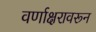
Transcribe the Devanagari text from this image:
वर्णाक्षरावरून